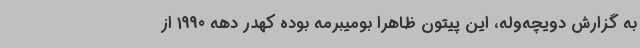
به گزارش دویچه‌وله، این پیتون ظاهرا بومیبرمه بوده کهدر دهه 1990 از